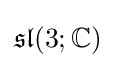
{\mathfrak {sl}}(3;\mathbb {C} )